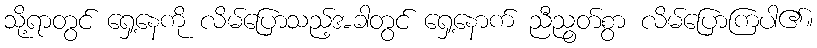
သို့ရာတွင် ရှေ့နေကို လိမ်ပြောသည့်အခါတွင် ရှေ့နောက် ညီညွတ်စွာ လိမ်ပြောကြပါ၏။